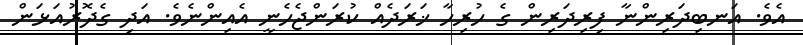
އެވެ. އަނބިދަރިންނާ ފިރިދަރިން ގެ ހުރިހާ ޚަރަދެއް ކުރަންޖެހެނީ އެއިންނެވެ. އަދި ގެދޮރުއަޅަން